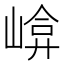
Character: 𡹮